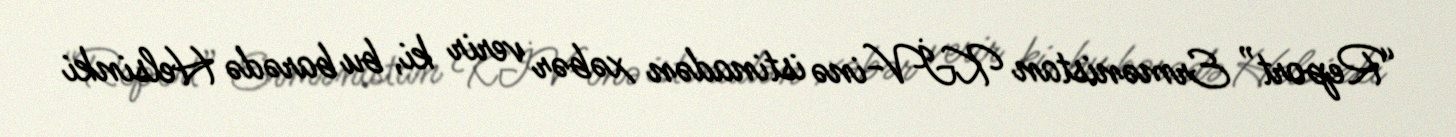
“Report” Ermənistan KİV-inə istinadən xəbər verir ki, bu barədə Helsinki